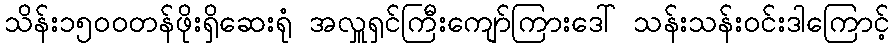
သိန်း၁၅ဝဝတန်ဖိုးရှိဆေးရုံ အလှူရှင်ကြီးကျော်ကြားဒေါ် သန်းသန်းဝင်းဒါကြောင့်